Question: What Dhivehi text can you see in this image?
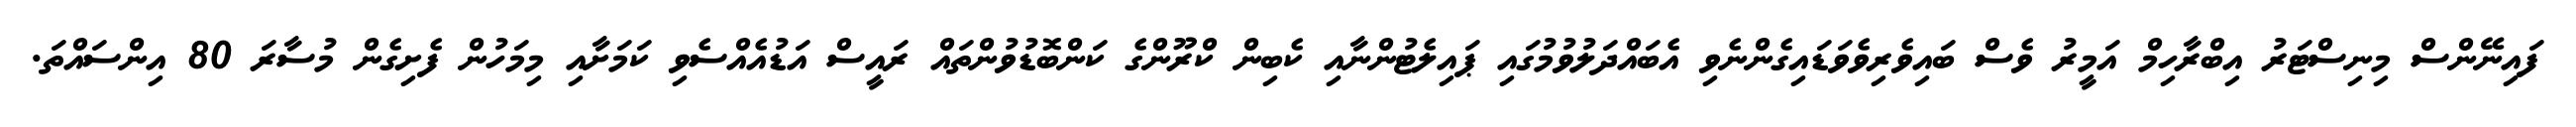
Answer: ފައިނޭންސް މިނިސްޓަރު އިބްރާހިމް އަމީރު ވެސް ބައިވެރިވެވަޑައިގެންނެވި އެބައްދަލުވުމުގައި ޕައިލެޓުންނާއި ކެބިން ކްރޫންގެ ކަންބޮޑުވުންތައް ރައީސް އަޑުއެއްސެވި ކަމަށާއި މިމަހުން ފެށިގެން މުސާރަ 80 އިންސައްތަ.